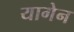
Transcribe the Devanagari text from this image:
यागेन